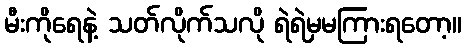
မီးကိုရေနဲ့ သတ်လိုက်သလို ရဲရဲမှမကြားရတော့။